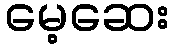
မေ့ဆေး